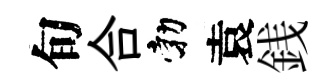
旬合勃袁銭